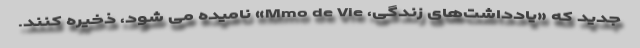
جدید که «یادداشت‌های زندگی، Mmo de Vie» نامیده می شود، ذخیره کنند.